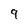
Character: 9